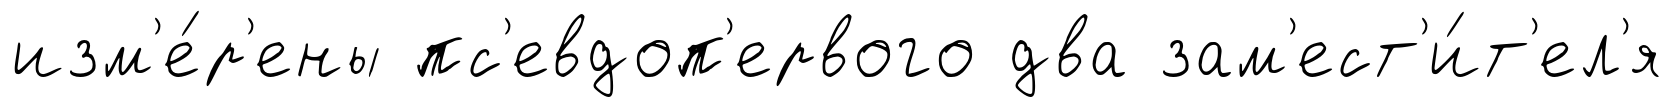
изм'е́р'ены пс'евдоп'ервого два зам'ест'и́т'ел'я